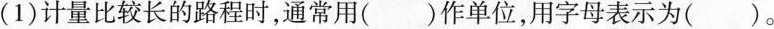
(1)计量比较长的路程时，通常用()作单位，用字母表示为()。